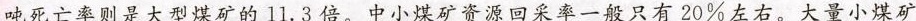
吨死亡率是大型煤矿的3.8倍，小型煤矿百万吨死亡率则是大型煤矿的11.3倍。中小煤矿资源回采率一般只有20%左右。大量小煤矿